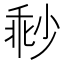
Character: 𡮓